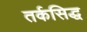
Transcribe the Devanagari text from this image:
तर्कसिद्ध